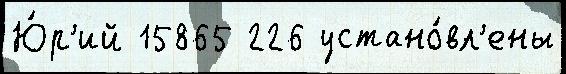
Ю́р'ий 15865 226 устано́вл'ены